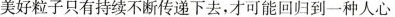
美好粒子只有持续不断传递下去，才可能回归到一种人心